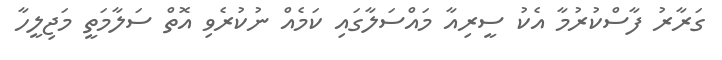
ގަރާރު ފާސްކުރުމާ އެކު ސީރިއާ މައްސަލާގައި ކަމެއް ނުކުރެވި އޮތް ސަލާމަތީ މަޖިލީހާ